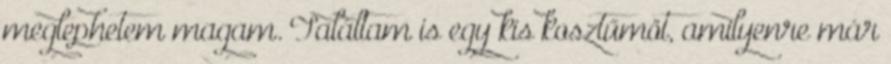
meglephetem magam. Találtam is egy kis kosztűmöt, amilyenre már